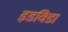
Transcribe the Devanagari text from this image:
इडविडा